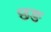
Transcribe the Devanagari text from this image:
छङ